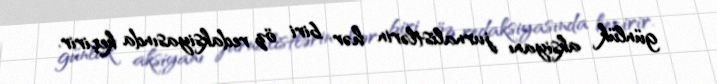
günlük aksiyanı jurnalistlərin hər biri öz redaksiyasında keçirir.